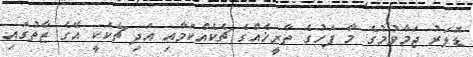
ޑޮލަރު ޖަމާވުމުގެ މާ ފަހުގެ ތާރީޚެއްގެ ޗެކެއްކަމާއި އަދި ޗެކަކީ އޭގެ ޒާތުގައި